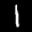
Label: 1